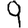
Digit: 9